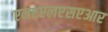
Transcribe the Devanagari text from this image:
एनएएलएसएआर